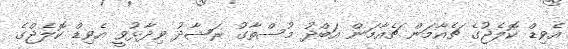
އެވިޑް ކޮލެޖުގެ ޗެއާމަން ޗެއާމަން އަބްދު މުސްތާގު ރަޝާދު ވިދާޅުވީ އެވިޑް ކޮލެޖްގެ